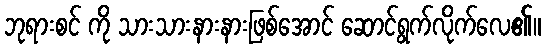
ဘုရားစင် ကို သားသားနားနားဖြစ်အောင် ဆောင်ရွက်လိုက်လေ၏။